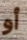
أو